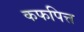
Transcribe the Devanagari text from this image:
कफपित्त